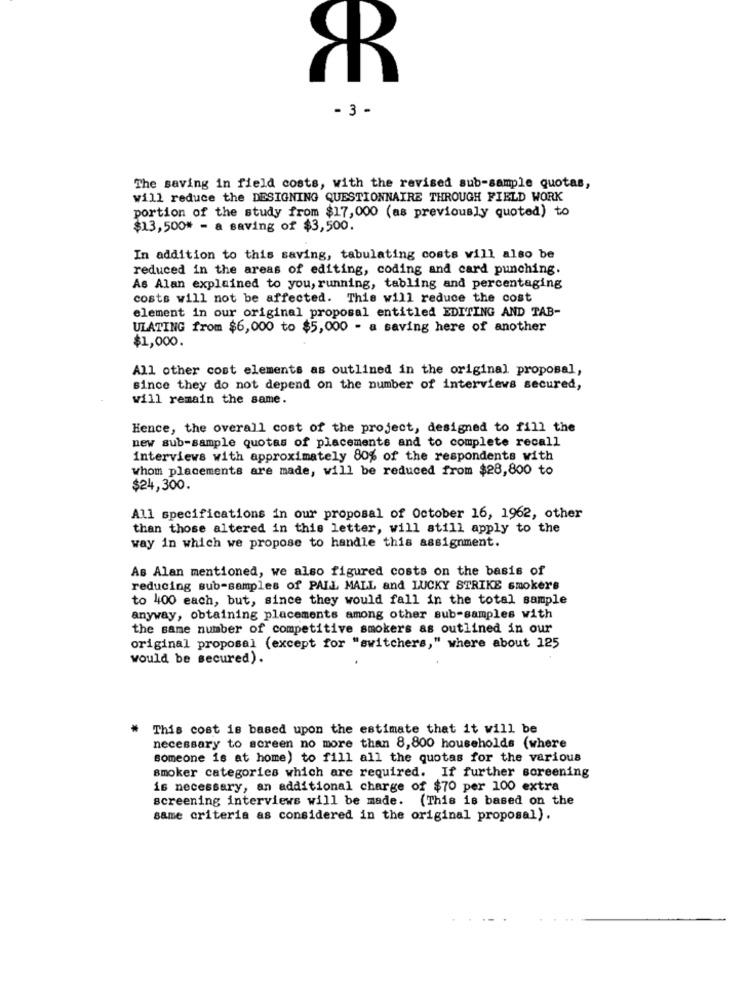
- 3 -
The saving in field costs, with the revised sub-sample quotas,
will reduce the DESIGNING QUESTIONNAIRE THROUGH FIELD WORK
portion of the study from $17,000 (as previously quoted) to
$13,500* - a saving of $3,500.
In addition to this saving, tabulating costs will also be
reduced in the areas of editing, coding and card punching.
As Alan explained to you, running, tabling and percentaging
costs will not be affected. This will reduce the cost
element in our original proposal entitled EDITING AND TAB-
ULATING from $6,000 to $5,000 - a saving here of another
$1,000.
All other cost elements as outlined in the original proposal,
since they do not depend on the number of interviews secured,
will remain the same.
Hence, the overall cost of the project, designed to fill the
new sub-sample quotas of placements and to complete recall
interviews with approximately 80% of the respondents with
whom placements are made, will be reduced from $28,800 to
$24,300.
All specifications in our proposal of October 16, 1962, other
than those altered in this letter, will still apply to the
way in which we propose to handle this assignment.
As Alan mentioned, we also figured costs on the basis of
reducing sub-samples of PALL MALL and LUCKY STRIKE smokers
to 400 each, but, since they would fall in the total sample
anyway, obtaining placements among other sub-samples with
the same number of competitive smokers as outlined in our
original proposal (except for "switchers," where about 125
would be secured).
* This cost is based upon the estimate that it will be
necessary to screen no more than 8,800 households (where
someone is at home) to fill all the quotas for the various
smoker categories which are required. If further screening
is necessary, an additional charge of $70 per 100 extra
screening interviews will be made. (This is based on the
same criteria as considered in the original proposal).